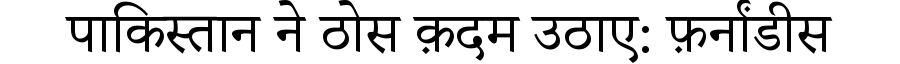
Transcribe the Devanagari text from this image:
पाकिस्तान ने ठोस क़दम उठाए: फ़र्नांडीस